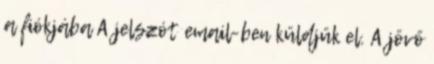
a fiókjába A jelszót email-ben küldjük el. A jövő